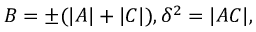
B = \pm ( | A | + | C | ) , \delta ^ { 2 } = | A C | ,